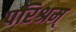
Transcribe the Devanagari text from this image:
परिश्रम्